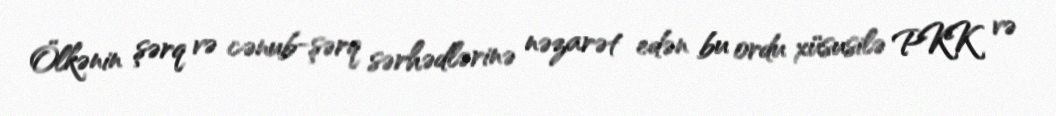
Ölkənin şərq və cənub-şərq sərhədlərinə nəzarət edən bu ordu xüsusilə PKK və